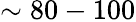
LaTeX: \sim 80-100